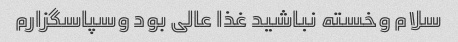
سلام وخسته نباشید غذا عالی بود وسپاسگزارم